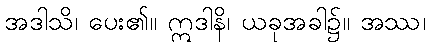
အဒါသိ၊ ပေး၏။ ဣဒါနိ၊ ယခုအခါ၌။ အဿ၊